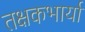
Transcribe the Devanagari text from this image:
तक्षकभार्या